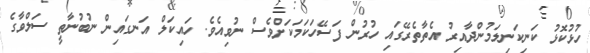
ހުޅުކޮޅު ކަނިކަނިލަމުންދާއިރު އެތާތެރޭގައި ހުރުން ފަސޭހަކަމަކަށްވެސް ނުވިއެވެ. ހައިކަލް އަނގައިން ނުބުނާތީ ސަލްވާގެ